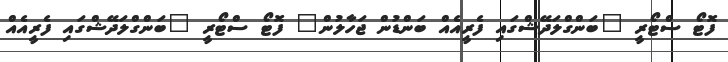
ފޮޓޯ ސްޓޯރީ "ބަންގްލަދޭޝްގައި ފެރީއެއް ބަންޑުން ޖަހާލުން" ފޮޓޯ ސްޓޯރީ "ބަންގްލަދޭޝްގައި ފެރީއެއް